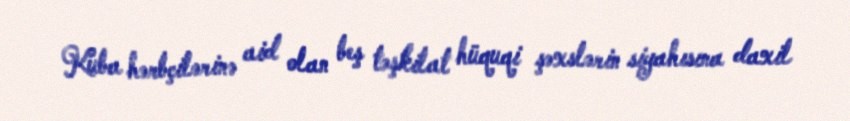
Kuba hərbçilərinə aid olan beş təşkilat hüquqi şəxslərin siyahısına daxil